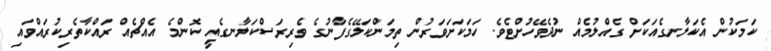
ކަމަކުން އެކަލާނގެއަކަށް ގެއްލުމެއް ނުދެވޭހުށްޓެވެ. ހަމަކަށަވަރުން ތިމަންކަލޭގެފާނުގެ ވެރިރަސްކަލާނގެއީ ކޮންމެ އެއްޗެއް ރައްކާތެރިކުރައްވައި